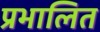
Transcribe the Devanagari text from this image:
प्रभालित